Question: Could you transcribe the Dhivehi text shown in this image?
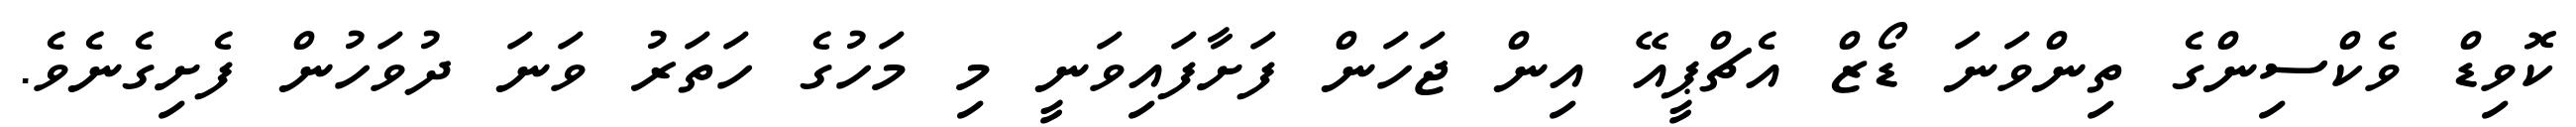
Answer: ކޮވިޑް ވެކްސިންގެ ތިންވަނަ ޑޯޒް އެޗްޕީއޭ އިން ޖަހަން ފަށާފައިވަނީ މި މަހުގެ ހަތަރު ވަނަ ދުވަހުން ފެށިގެނެވެ.